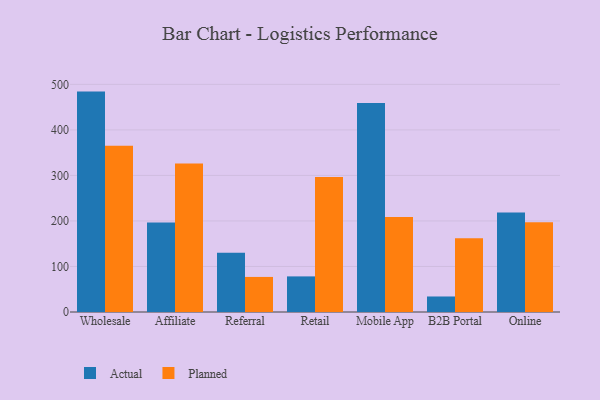
{"axis": {"x": "Channel", "y": "Headcount"}, "legend": ["Actual", "Planned"], "data": [{"x": "Wholesale", "y": 484.1, "type": "Actual"}, {"x": "Wholesale", "y": 365.2, "type": "Planned"}, {"x": "Affiliate", "y": 196.6, "type": "Actual"}, {"x": "Affiliate", "y": 326.1, "type": "Planned"}, {"x": "Referral", "y": 130.3, "type": "Actual"}, {"x": "Referral", "y": 77.0, "type": "Planned"}, {"x": "Retail", "y": 78.2, "type": "Actual"}, {"x": "Retail", "y": 296.7, "type": "Planned"}, {"x": "Mobile App", "y": 458.9, "type": "Actual"}, {"x": "Mobile App", "y": 208.4, "type": "Planned"}, {"x": "B2B Portal", "y": 34.1, "type": "Actual"}, {"x": "B2B Portal", "y": 162.1, "type": "Planned"}, {"x": "Online", "y": 218.5, "type": "Actual"}, {"x": "Online", "y": 197.4, "type": "Planned"}]}